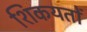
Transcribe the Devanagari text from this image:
शिकयतों